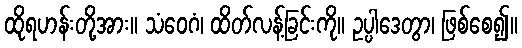
ထိုရဟန်းတို့အား။ သံဝေဂံ၊ ထိတ်လန့်ခြင်းကို။ ဥပ္ပါဒေတွာ၊ ဖြစ်စေ၍။